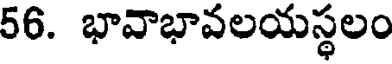
56. భావాభావలయస్థలం